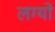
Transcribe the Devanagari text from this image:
लग्यो